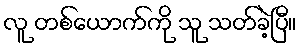
လူ တစ်ယောက်ကို သူ သတ်ခဲ့ပြီ။